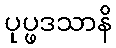
ပုပ္ဖဒသာနိ